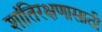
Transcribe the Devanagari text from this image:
शांतिरक्षणासाठी